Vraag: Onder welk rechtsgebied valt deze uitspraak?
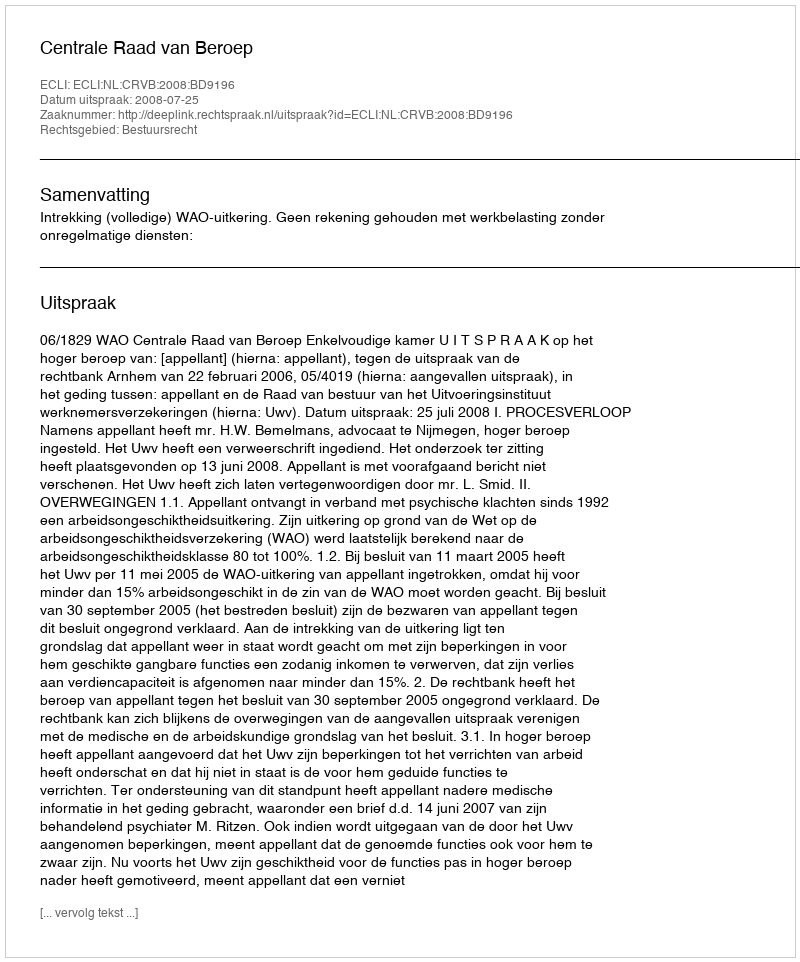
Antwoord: Bestuursrecht